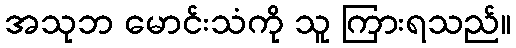
အသုဘ မောင်းသံကို သူ ကြားရသည်။